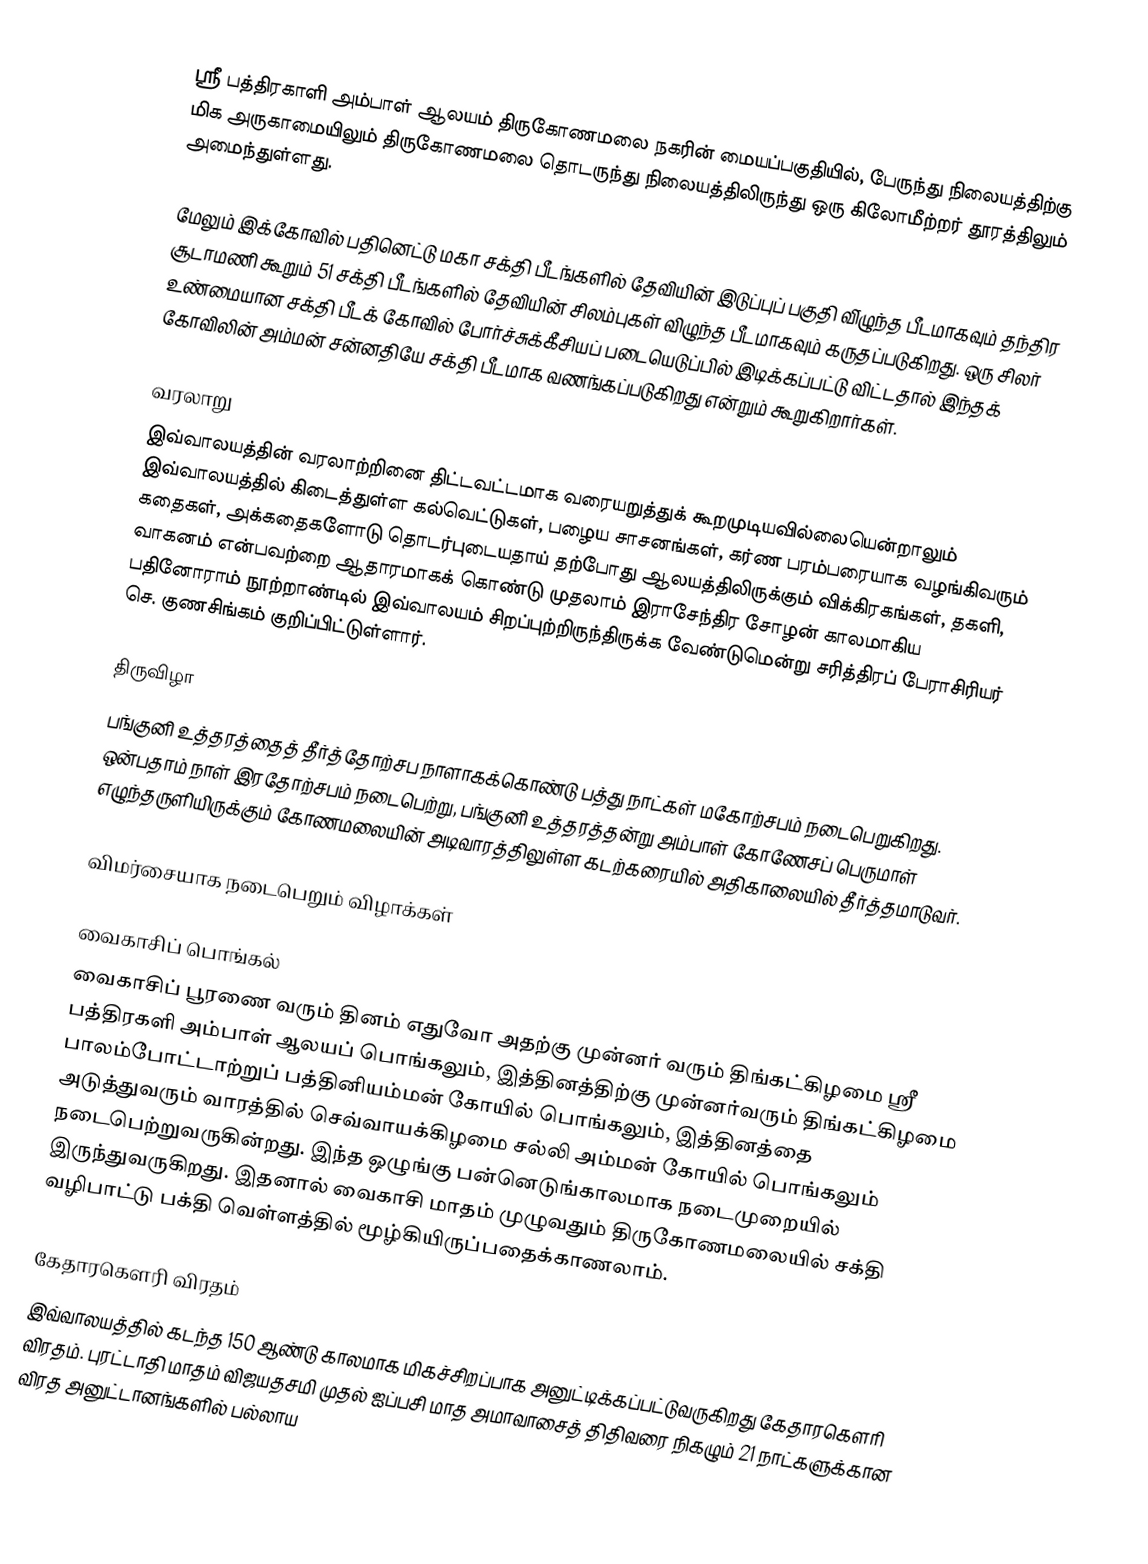
ஸ்ரீ பத்திரகாளி அம்பாள் ஆலயம் திருகோணமலை நகரின் மையப்பகுதியில், பேருந்து நிலையத்திற்கு மிக அருகாமையிலும் திருகோணமலை தொடருந்து நிலையத்திலிருந்து ஒரு கிலோமீற்றர் தூரத்திலும் அமைந்துள்ளது.

மேலும் இக்கோவில் பதினெட்டு மகா சக்தி பீடங்களில் தேவியின் இடுப்புப் பகுதி வி்ழுந்த பீடமாகவும் தந்திர சூடாமணி கூறும் 51 சக்தி பீடங்களில் தேவியின் சிலம்புகள் விழுந்த பீடமாகவும் கருதப்படுகிறது. ஒரு சிலர் உண்மையான சக்தி பீடக் கோவில் போர்ச்சுக்கீசியப் படையெடுப்பில் இடிக்கப்பட்டு விட்டதால் இந்தக் கோவிலின் அம்மன் சன்னதியே சக்தி பீடமாக வணங்கப்படுகிறது என்றும் கூறுகிறார்கள்.

வரலாறு
இவ்வாலயத்தின் வரலாற்றினை திட்டவட்டமாக வரையறுத்துக் கூறமுடியவில்லையென்றாலும் இவ்வாலயத்தில் கிடைத்துள்ள கல்வெட்டுகள், பழைய சாசனங்கள், கர்ண பரம்பரையாக வழங்கிவரும் கதைகள், அக்கதைகளோடு தொடர்புடையதாய் தற்போது ஆலயத்திலிருக்கும் விக்கிரகங்கள், தகளி, வாகனம் என்பவற்றை ஆதாரமாகக் கொண்டு முதலாம் இராசேந்திர சோழன் காலமாகிய பதினோராம் நூற்றாண்டில் இவ்வாலயம் சிறப்புற்றிருந்திருக்க வேண்டுமென்று சரித்திரப் பேராசிரியர் செ. குணசிங்கம் குறிப்பிட்டுள்ளார்.

திருவிழா
பங்குனி உத்தரத்தைத் தீர்த்தோற்சப நாளாகக்கொண்டு பத்து நாட்கள் மகோற்சபம் நடைபெறுகிறது. ஒன்பதாம் நாள் இரதோற்சபம் நடைபெற்று, பங்குனி உத்தரத்தன்று அம்பாள் கோணேசப் பெருமாள் எழுந்தருளியிருக்கும் கோணமலையின் அடிவாரத்திலுள்ள கடற்கரையில் அதிகாலையில் தீர்த்தமாடுவர்.

விமர்சையாக நடைபெறும் விழாக்கள்

வைகாசிப் பொங்கல்
வைகாசிப் பூரணை வரும் தினம் எதுவோ அதற்கு முன்னர் வரும் திங்கட்கிழமை ஸ்ரீ பத்திரகளி அம்பாள் ஆலயப் பொங்கலும், இத்தினத்திற்கு முன்னர்வரும் திங்கட்கிழமை பாலம்போட்டாற்றுப் பத்தினியம்மன் கோயில் பொங்கலும், இத்தினத்தை அடுத்துவரும் வாரத்தில் செவ்வாயக்கிழமை சல்லி அம்மன் கோயில் பொங்கலும் நடைபெற்றுவருகின்றது. இந்த ஒழுங்கு பன்னெடுங்காலமாக நடைமுறையில் இருந்துவருகிறது. இதனால் வைகாசி மாதம் முழுவதும் திருகோணமலையில் சக்தி வழிபாட்டு பக்தி வெள்ளத்தில் மூழ்கியிருப்பதைக்காணலாம்.

கேதாரகௌரி விரதம்
இவ்வாலயத்தில் கடந்த 150 ஆண்டு காலமாக மிகச்சிறப்பாக அனுட்டிக்கப்பட்டுவருகிறது கேதாரகௌரி விரதம். புரட்டாதி மாதம் விஜயதசமி முதல் ஐப்பசி மாத அமாவாசைத் திதிவரை நிகழும் 21 நாட்களுக்கான விரத அனுட்டானங்களில் பல்லாய